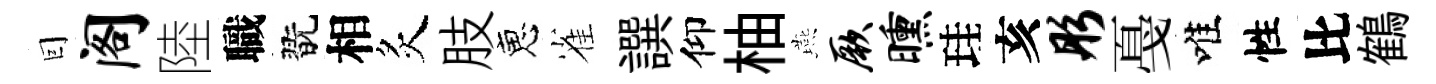
囙阁陸職翫相炙肢恵雀譔仰柚燕厥曛珪亥彤戞唯性比鶴